Vaccination in Bombay 1874-1876 - 1874-1876
Year: 1874
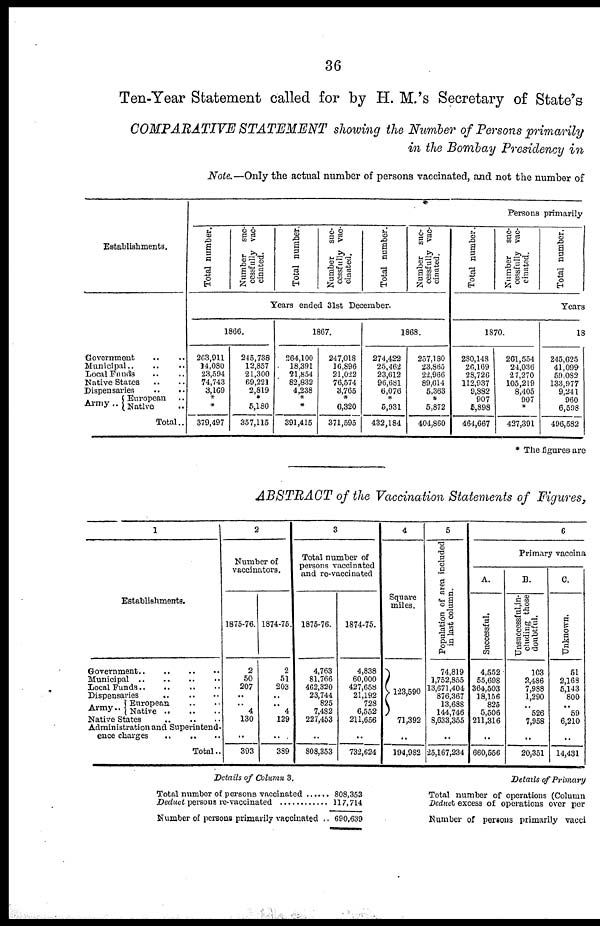
36
Ten-Year Statement called for by H. M.'s Secretary of State's
COMPARATIVE STATEMENT showing the Number of Persons primarily
in the Bombay Presidency in
Note.—Only the actual number of persons vaccinated, and not the number of
Establishments.
Government .. ..
Municipal
..
..
..
Local Funds .. ..
Native States .. ..
Dispensaries
..
..
Army ..
European ..
Native
Total..
Persons primarily
Total number.
Number
suc-
cessfully vac-
cinated.
Total number.
Number
suc-
cessfully vac-
cinated.
Total number.
Number suc-
cessfully vac-
cinated.
Years ended 31st December.
1866.
263,911
14,080
23,594
74,743
3,169
* *
379,497
245,738
12,857
21,300
69,221
2,819
* 5,180
357,115
1867.
264,100
18,391
21,854
82,832
4,238
*
*
391,415
247,018
16,896
21,022
76,574
3,765
* 6,320
371,595
1868.
274,422
25,462
23,612
96,681
6,076
*
5,931
432,184
257,180
23,865
22,966
89,614
5,363
*
5,872
404,860
Total number.
Number
suc-
cessfully vac-
cinated.
Total number.
Years
1870.
280,148
26,169
28,726
112,937
9,882
907
5,898
464,667
261,554
24,036
27,270
105,219
8,405
907
*
427,391
18
245,625
41,099
59,082
133,977
9,241
960
6,598
496,582
* The figures are
ABSTRACT of the Vaccination Statements of Figures,
1
Establishments.
Government .. .. .. .. ..
Municipal .. .. .. ..
Local Funds
..
..
..
Dispensaries .. .. .. ..
Army.. European .. .. ..
Native .. .. .. ..
Native States .. .. .. ..
Administration and Superintend-
ence charges
..
..
..
Total..
2
Number of
vaccinators.
1875-76.
2
50
207
..
.. 4
130
..
393
1874-75.
2
51
203
.. .. 4
129
..
389
3
Total number of
persons vaccinated
and re-vaccinated
1875-76.
4,763
81,766
462,320
23,744
825
7,482
227,453
..
808,353
1874-75.
4,838
60,000
427,658
21,192
723
6,552
211,656
..
732,624
4
Square
miles.
123,590
71,392
..
194,982
5
Population of area included
in last column.
74,819
1,752,855
13,671,404
876,367
13,688
144,746
8,633,355
..
25,167,234
6
Primary vaccina
A.
Successful.
4,552
55,698
364,503
18,156
825
5,506
211,316
..
660,556
B.
Unsuccessful,in-
cluding those
doubtful.
103
2,486
7,988
1,290
.. 526
7,958
..
20,351
C.
Unknown.
51
2,168
5,143
800
.. 59
6,210
..
14,431
Details of Column 3.
Total number of persons vaccinated ........
Deduct persons re-vaccinated ..........
Number of persons primarily vaccinated ..
808,353
117,714
690,639
Details of Primary
Total number of operations (Column
Deduct excess of operations over per
Number of persons primarily vacci